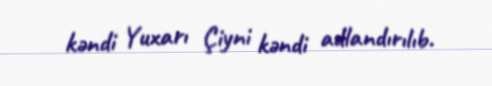
kəndi Yuxarı Çiyni kəndi adlandırılıb.